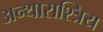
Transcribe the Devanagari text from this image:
अन्थाराश्त्रिय